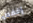
إخفض